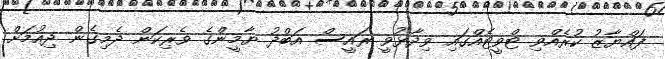
ފައްޔާޒު ކުރެއްވި ޓްވީޓެއްގައި ވިދާޅުވީ ރައީސް އަބްދު ޔާމީންގެ ވެރިކަން ދެމިގެން ދިއުމަށް